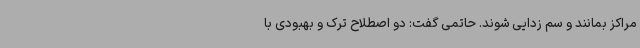
مراکز بمانند و سم زدایی شوند. حاتمی گفت: دو اصطلاح ترک و بهبودی با